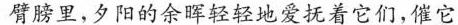
臂膀里，夕阳的余晖轻轻地爱抚着它们，催它